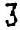
3